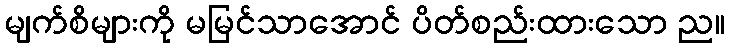
မျက်စိများကို မမြင်သာအောင် ပိတ်စည်းထားသော ည။